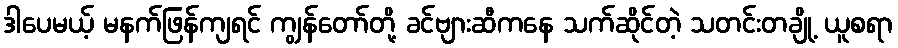
ဒါပေမယ့် မနက်ဖြန်ကျရင် ကျွန်တော်တို့ ခင်ဗျားဆီကနေ သက်ဆိုင်တဲ့ သတင်းတချို့ ယူစရာ